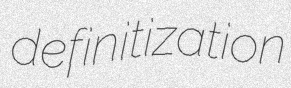
definitization